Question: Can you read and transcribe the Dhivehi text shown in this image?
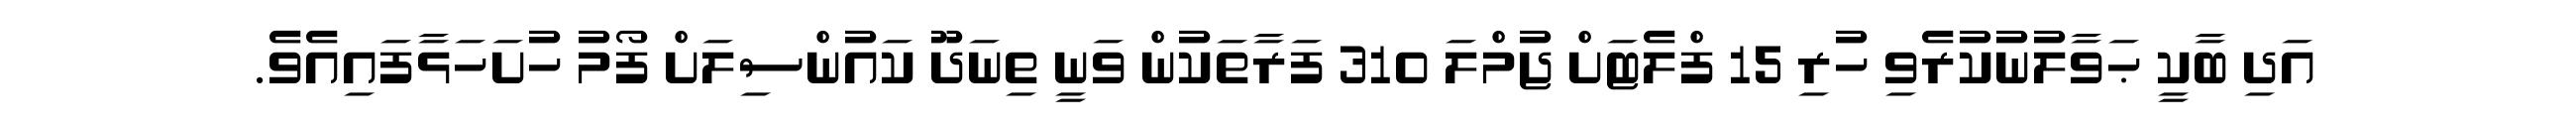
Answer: އަދި ބާކީ ޙަވާލުނުކުރެވި ހުރި 15 ފްލެޓަށް ޖުމްލަ 310 ފަރާތަކުން ވަނީ ތިނަދޫ ކައުންސިލަށް ފޯމު ހުށަހަޅާފައިއެވެ.